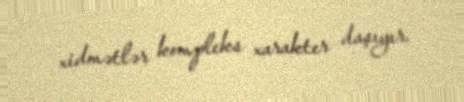
xidmətlər kompleks xarakter daşıyır.